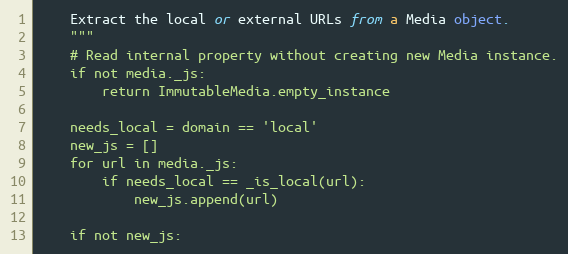
Language: Python
    Extract the local or external URLs from a Media object.
    """
    # Read internal property without creating new Media instance.
    if not media._js:
        return ImmutableMedia.empty_instance

    needs_local = domain == 'local'
    new_js = []
    for url in media._js:
        if needs_local == _is_local(url):
            new_js.append(url)

    if not new_js: